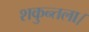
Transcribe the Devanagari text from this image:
शकुन्तला।